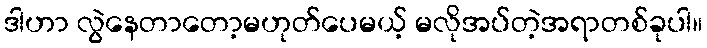
ဒါဟာ လွဲနေတာတော့မဟုတ်ပေမယ့် မလိုအပ်တဲ့အရာတစ်ခုပါ။